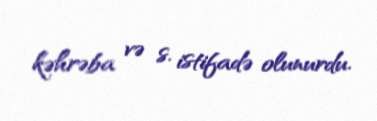
kəhrəba və s. istifadə olunurdu.